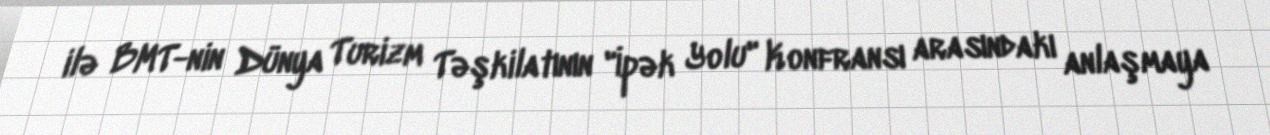
ilə BMT-nin Dünya Turizm Təşkilatının "İpək Yolu" Konfransı arasındakı anlaşmaya